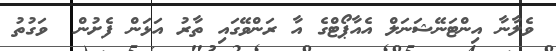
ވެލާނާ އިންޓަނޭޝަނަލް އެއާޕޯޓްގެ އާ ރަންވޭގައި ތާރު އަޅަން ފެށުން  ވަގުތު